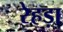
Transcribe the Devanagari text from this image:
रेहड़ा